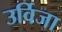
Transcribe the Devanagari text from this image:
उर्विजा